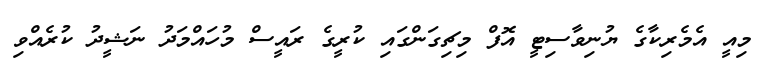
މިއީ އެމެރިކާގެ ޔުނިވާސިޓީ އޮފް މިޗިގަންގައި ކުރީގެ ރައީސް މުހައްމަދު ނަޝީދު ކުރެއްވި